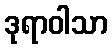
ဒုရာဝါသာ